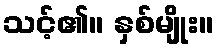
သင့်၏။ နှစ်မျိုး။